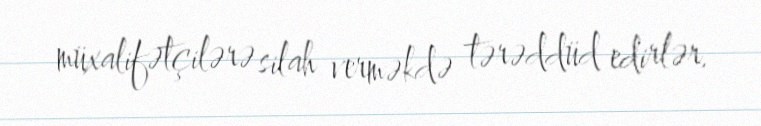
müxalifətçilərə silah verməkdə tərəddüd edirlər.